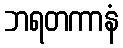
ဘရတကာနံ